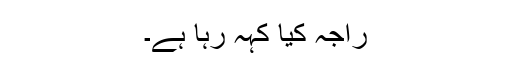
راجہ کیا کہہ رہا ہے۔